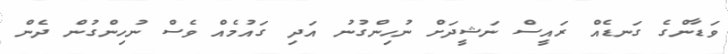
ވަޑާންގެ ގަނޑެއް ރައީސް ނަޝީދަށް ނުހިންގުނު އަދި ގައުމެއް ވެސް ނުހިންގުން ދެން